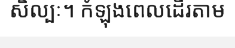
សិល្បៈ។ កំឡុងពេលដើរតាម